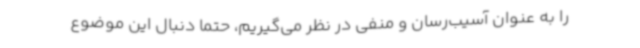
را به عنوان آسیب‌رسان و منفی در نظر می‌گیریم، حتما دنبال این موضوع